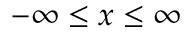
- \infty \leq x \leq \infty